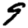
Digit: 9